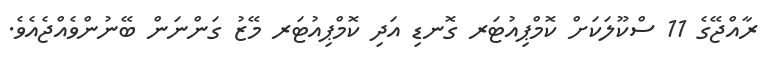
ރާއްޖޭގެ 11 ސްކޫލަކަށް ކޮމްޕިއުޓަރ ގޮނޑި އަދި ކޮމްޕިއުޓަރ މޭޒު ގަންނަން ބޭނުންވެއްޖެއެވެ.